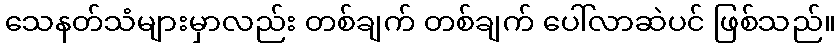
သေနတ်သံများမှာလည်း တစ်ချက် တစ်ချက် ပေါ်လာဆဲပင် ဖြစ်သည်။